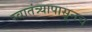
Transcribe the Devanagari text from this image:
स्वातंत्र्यापासूनच